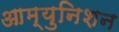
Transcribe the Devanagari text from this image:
आम्युनिशन